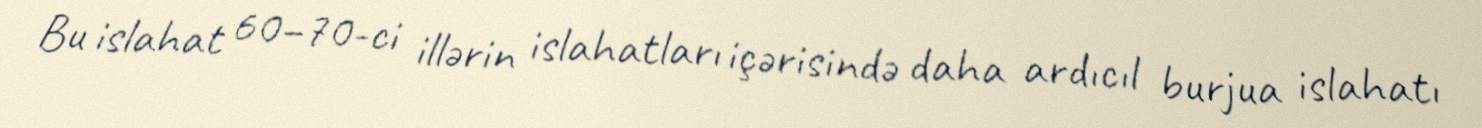
Bu islahat 60–70-ci illərin islahatları içərisində daha ardıcıl burjua islahatı